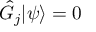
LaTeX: { \hat { G } } _ { j } \vert \psi \rangle = 0